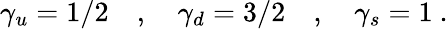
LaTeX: \gamma_{u}=1/2\quad,\quad\gamma_{d}=3/2\quad,\quad\gamma_{s}=1~.